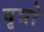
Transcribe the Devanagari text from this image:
वृत्रो